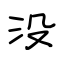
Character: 没